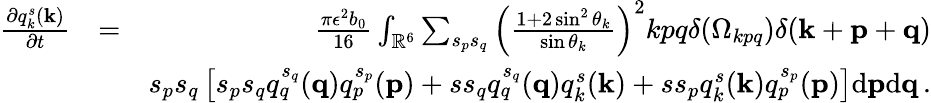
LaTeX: \begin{array}{rlr}{\frac{\partial q_{k}^{s}({\mathbf k})}{\partial t}}&{=}&{\frac{\pi\epsilon^{2}b_{0}}{16}\int_{{\mathbb{R}}^{6}}\sum_{s_{p}s_{q}}\left(\frac{1+2\sin^{2}\theta_{k}}{\sin\theta_{k}}\right)^{2}kpq\delta(\Omega_{kpq})\delta({\mathbf k}+{\mathbf p}+{\mathbf q})}\\ &{}&{s_{p}s_{q}\left[s_{p}s_{q}q_{q}^{s_{q}}({\mathbf q})q_{p}^{s_{p}}({\mathbf p})+ss_{q}q_{q}^{s_{q}}({\mathbf q})q_{k}^{s}({\mathbf k})+ss_{p}q_{k}^{s}({\mathbf k})q_{p}^{s_{p}}({\mathbf p})\right]\mathrm{d}{\mathbf p}\mathrm{d}{\mathbf q}\, .}\end{array}